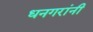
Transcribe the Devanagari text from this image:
धनगरांनी